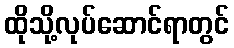
ထိုသို့လုပ်ဆောင်ရာတွင်